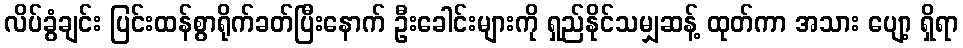
လိပ်ခွံချင်း ပြင်းထန်စွာရိုက်ခတ်ပြီးနောက် ဦးခေါင်းများကို ရှည်နိုင်သမျှဆန့် ထုတ်ကာ အသား ပျော့ ရှိရာ